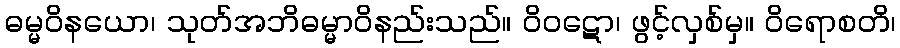
ဓမ္မဝိနယော၊ သုတ်အဘိဓမ္မာဝိနည်းသည်။ ဝိဝဋော၊ ဖွင့်လှစ်မှ။ ဝိရောစတိ၊